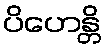
ပိဟေန္တိ